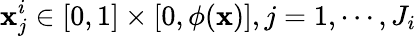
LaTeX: \mathbf{x}_{j}^{i}\in[0,1]\times[0,\phi(\mathbf{x})],j=1,\cdots,J_{i}